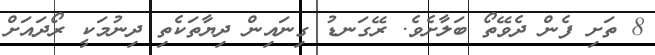
8 ތަށި ފެން ދެވޭތޯ ބަލާށެވެ. ރޭގަނޑު ގިނައިން ދިޔާތަކެތި ދިނުމަކީ ރޯދައަށް